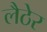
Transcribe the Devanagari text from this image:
लैठेर